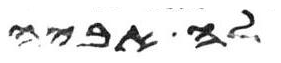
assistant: לה אביה